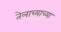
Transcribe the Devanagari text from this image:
तेलाच्याच्या